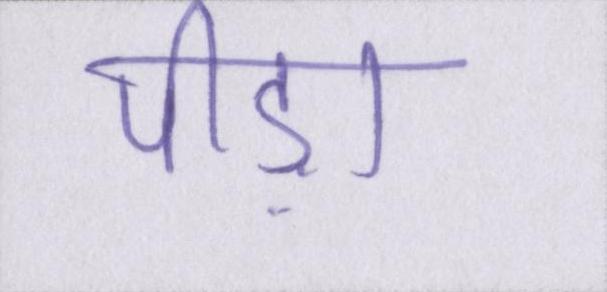
पीड़ा